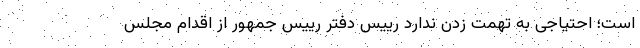
است؛ احتیاجی به تهمت زدن ندارد رییس دفتر رییس جمهور از اقدام مجلس